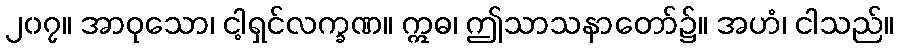
၂၀၇။ အာဝုသော၊ ငါ့ရှင်လက္ခဏ။ ဣဓ၊ ဤသာသနာတော်၌။ အဟံ၊ ငါသည်။